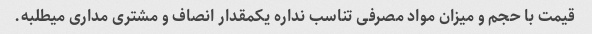
قیمت با حجم و میزان مواد مصرفی تناسب نداره یکمقدار انصاف و مشتری مداری میطلبه.